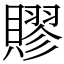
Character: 賿